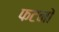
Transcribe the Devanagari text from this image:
फटनों